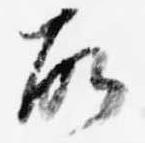
故